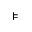
\models